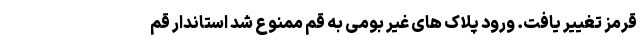
قرمز تغییر یافت. ورود پلاک های غیر بومی به قم ممنوع شد استاندار قم